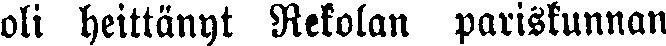
oli heittänyt Rekolan pariskunnan